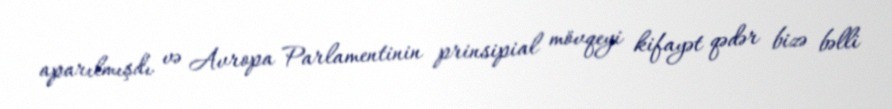
aparılmışdı və Avropa Parlamentinin prinsipial mövqeyi kifayət qədər bizə bəlli